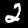
Digit: 2